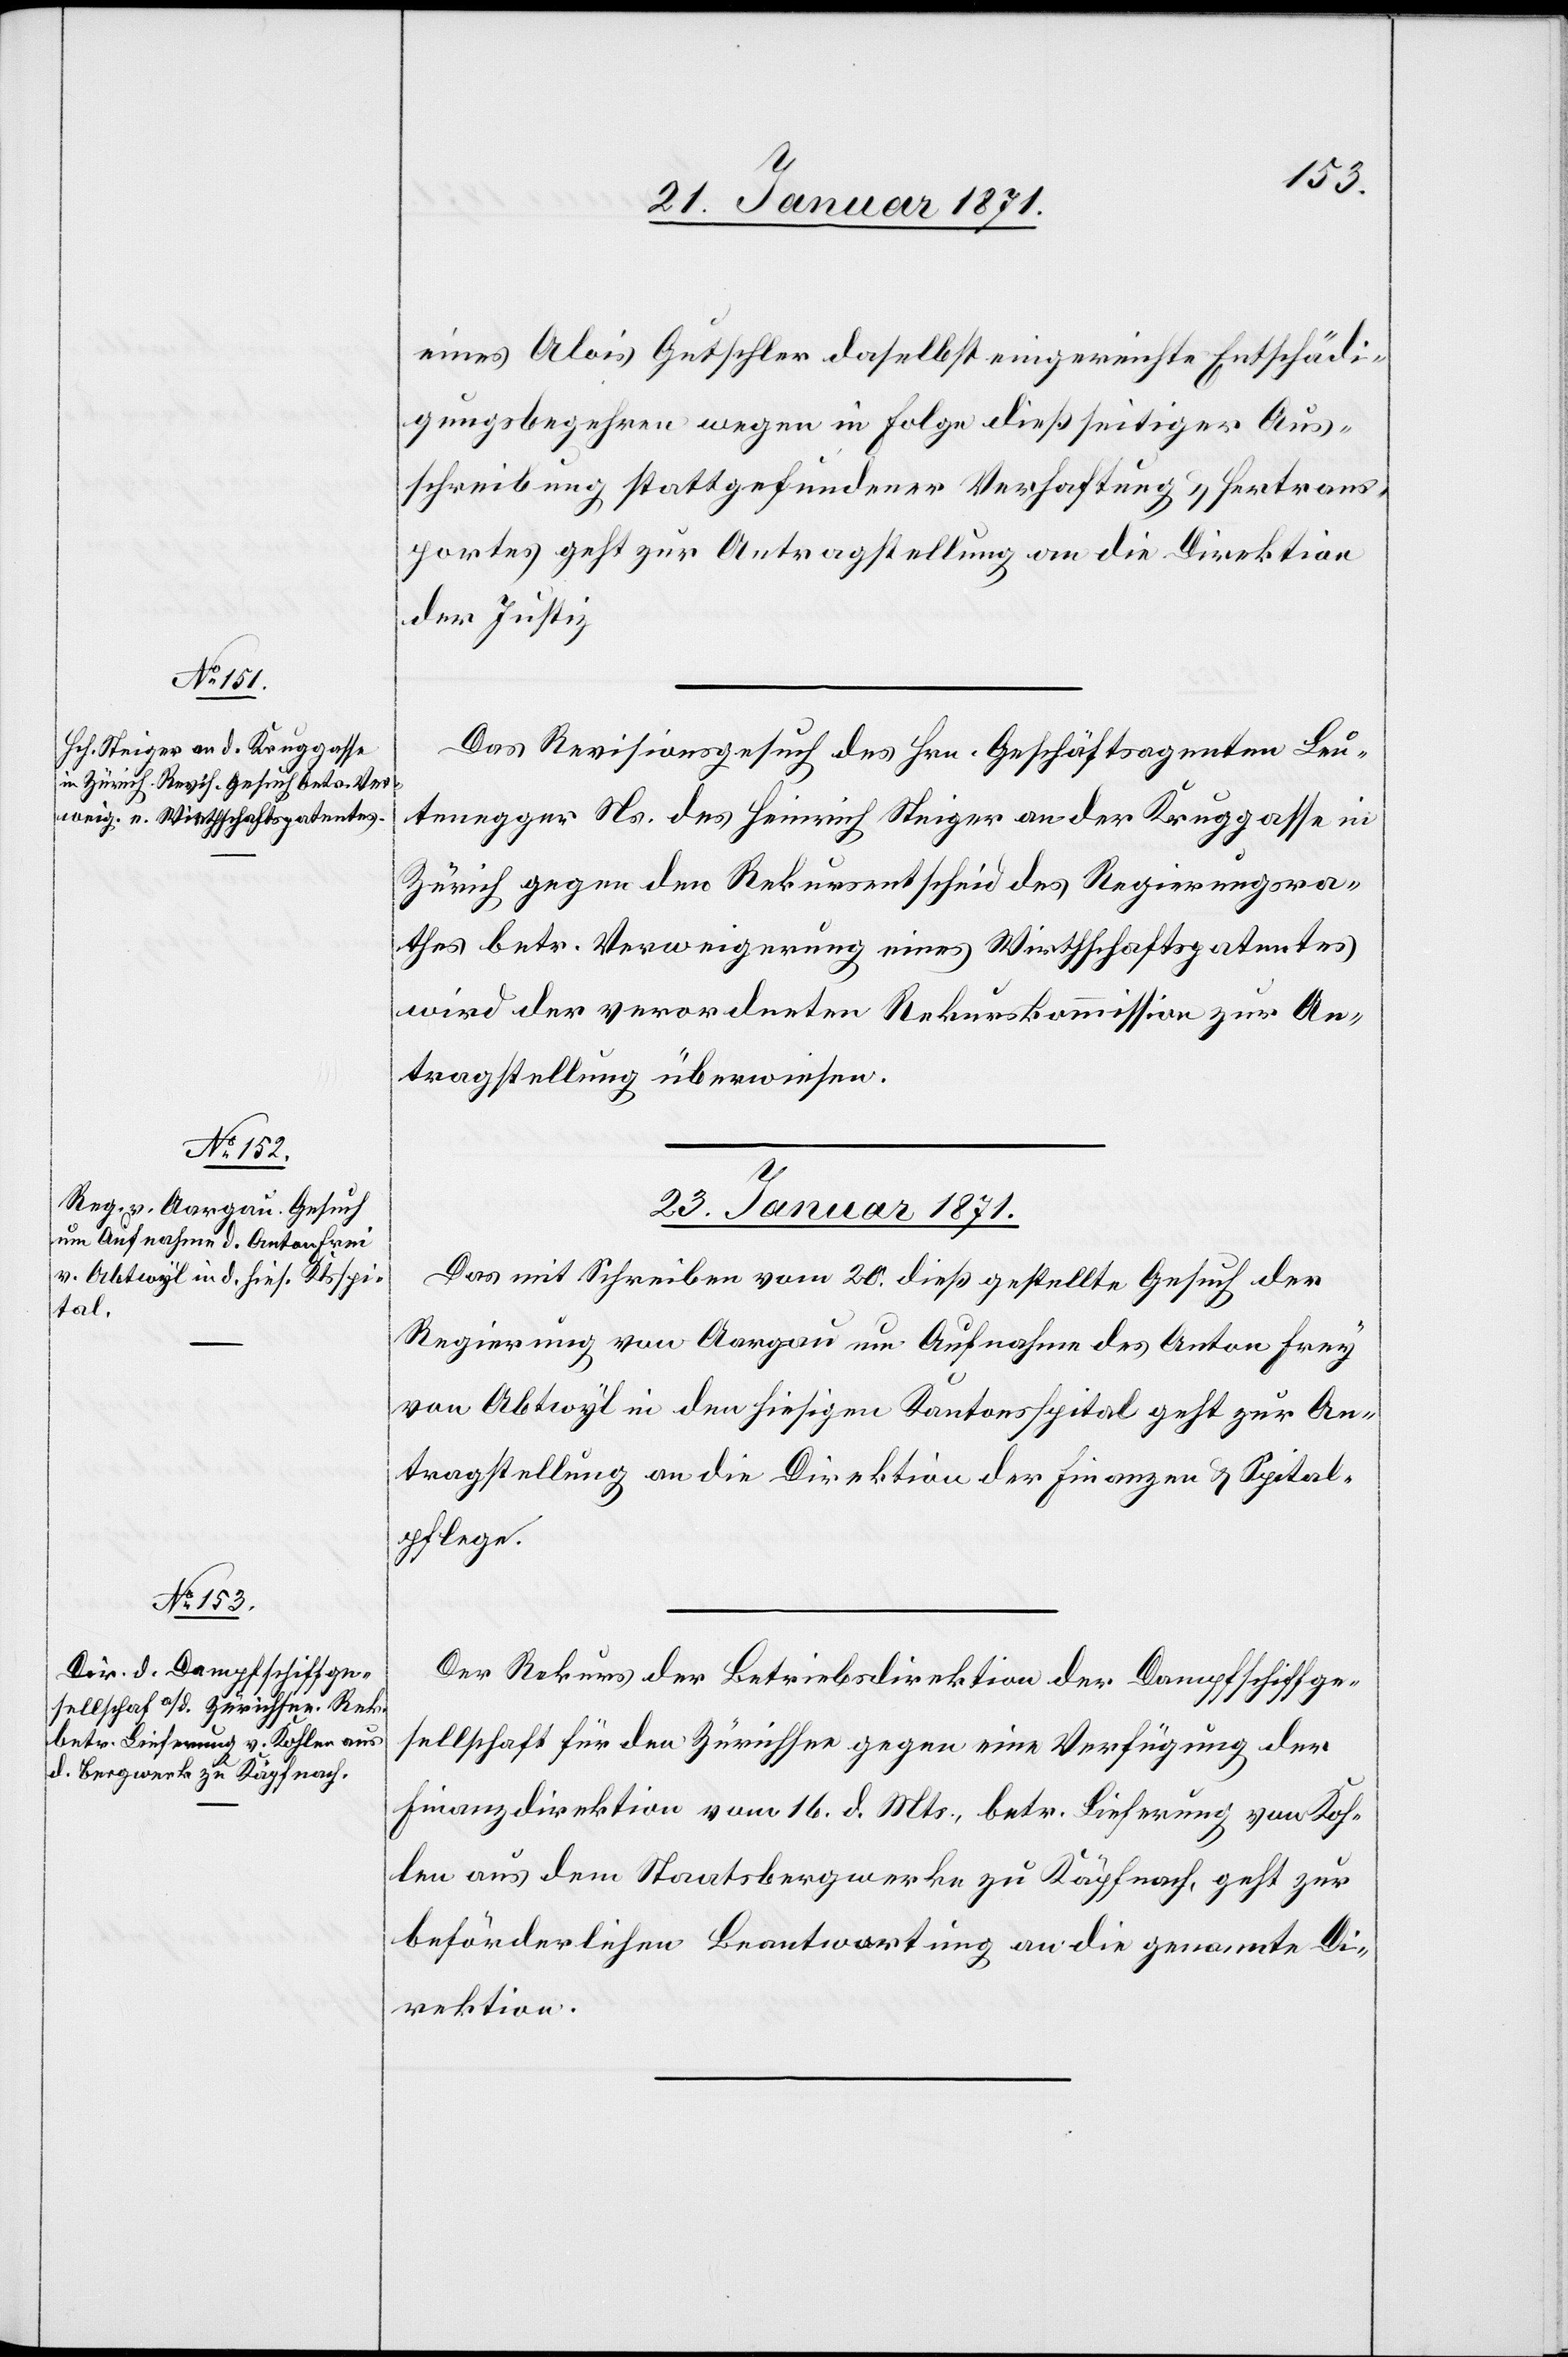
21. Januar 1871.]
eines Alois Gutschler daselbst eingereichte Entschädi¬
gungsbegehren wegen in Folge dießseitiger Aus¬
schreibung stattgefundener Verhaftung u. Hertrans¬
portes geht zur Antragstellung an die Direktion
der Justiz.
Das Revisionsgesuch des Hrn. Geschäftsagenten Leu¬
tenegger Ns. des Heinrich Steiger an der Kruggasse in
Zürich gegen den Rekursentscheid des Regierungsra¬
thes betr. Verweigerung eines Wirtschaftspatentes
wird der verordneten Rekurskommission zur An¬
tragstellung überwiesen.
23. Januar 1871.]
Das mit Schreiben vom 20. dieß gestellte Gesuch der
Regierung von Aargau um Aufnahme des Anton Frey
von Abtwyl in den hiesigen Kantonspital geht zur An¬
tragstellung an die Direktion der Finanzen u. Spital¬
pflege.
Der Rekurs der Betriebsdirektion der Dampfschiffge¬
sellschaft für den Zürichsee gegen eine Verfügung der
Finanzdirektion vom 16. d. Mts., betr. Lieferung von Koh¬
len aus dem Staatsbergwerke zu Käpfnach, geht zur
beförderlichen Beantwortung an die genannte Di¬
rektion.